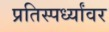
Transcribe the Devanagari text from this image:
प्रतिस्पर्ध्यांवर